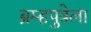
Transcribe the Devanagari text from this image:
ब्रम्हपुत्रेला